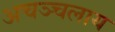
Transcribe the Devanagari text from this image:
अचञ्चलाय